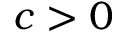
c > 0